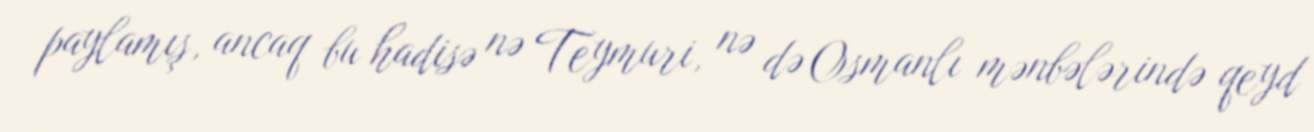
paylamış, ancaq bu hadisə nə Teymuri, nə də Osmanlı mənbələrində qeyd